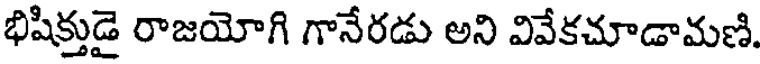
భిషిక్తుడై రాజయోగి గానేరడు అని వివేకచూడామణి